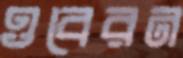
ওবেরন